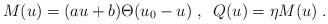
LaTeX: \begin{align*}M(u) = (au + b) \Theta (u_0 - u) \; , \; \; Q(u) = \eta M(u) \; .\end{align*}